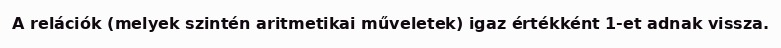
A relációk (melyek szintén aritmetikai műveletek) igaz értékként 1-et adnak vissza.